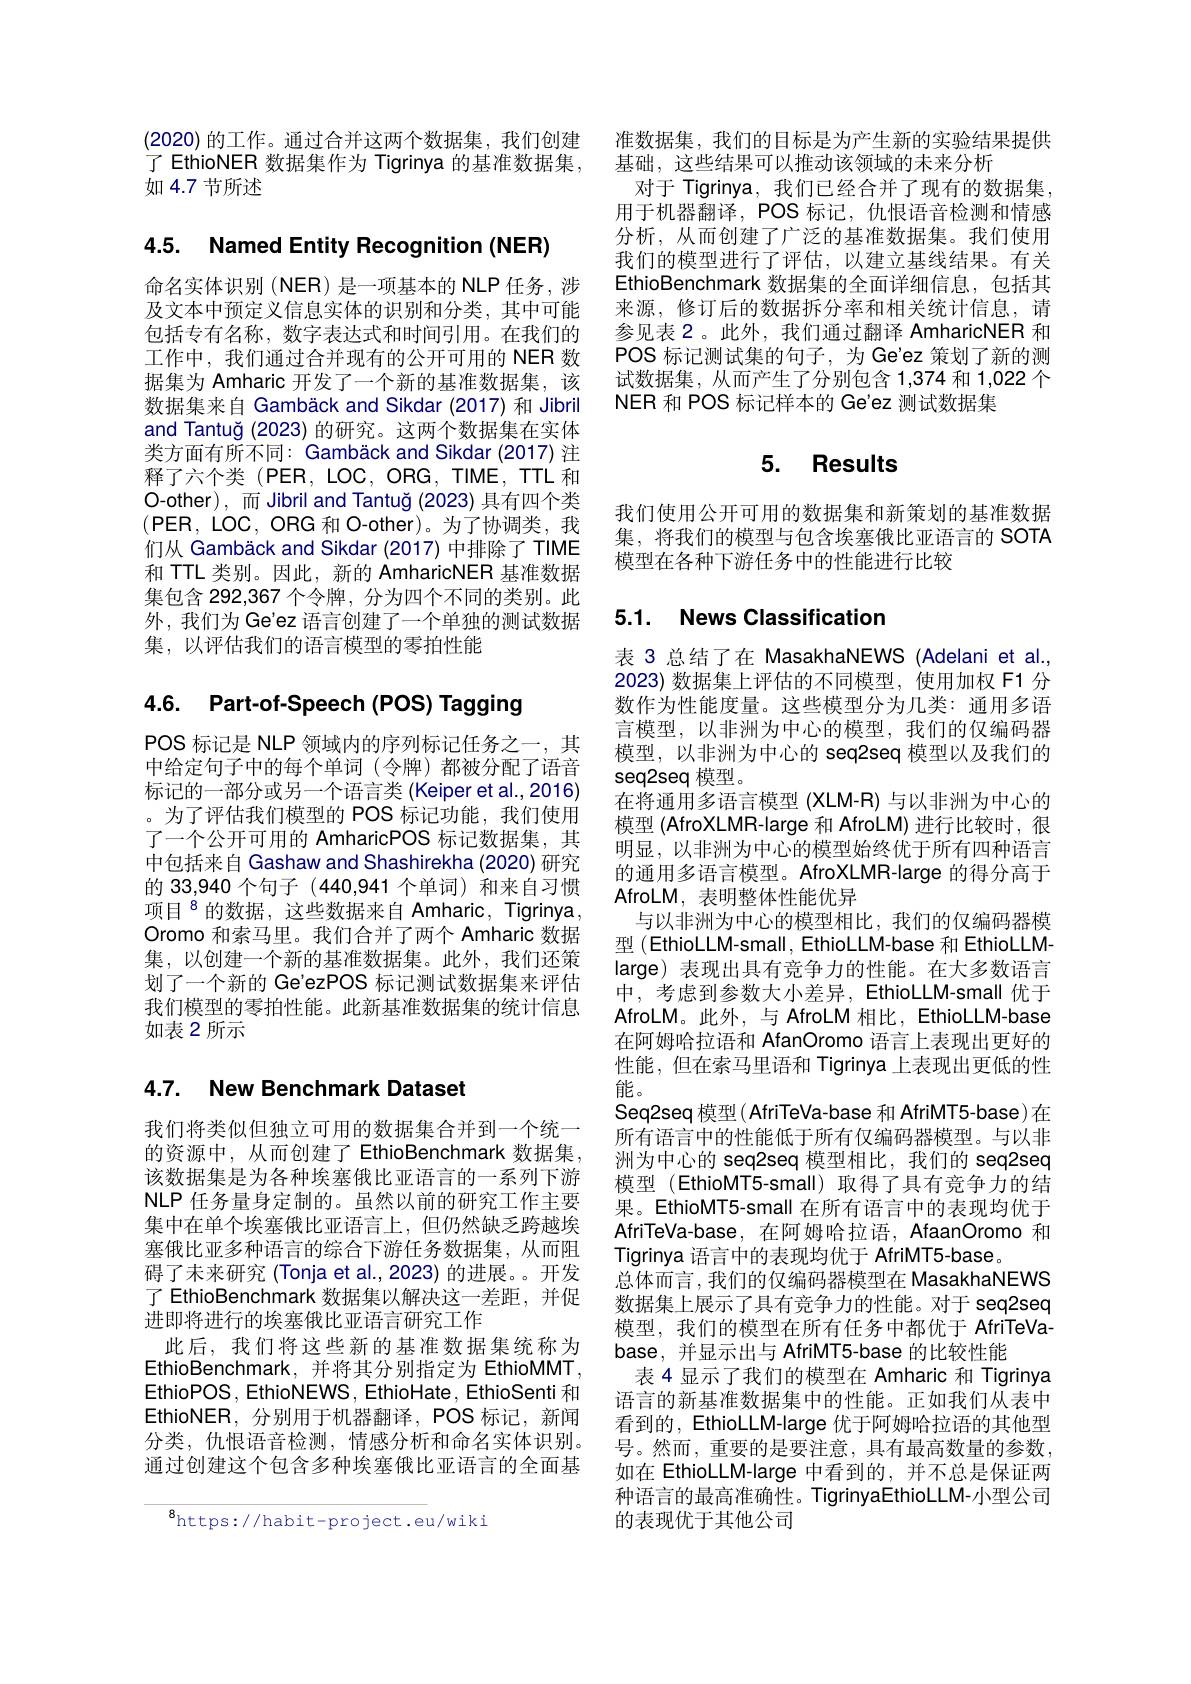
(2020)的工作。通过合并这两个数据集，我们创建了 EthioNER 数据集作为 Tigrinya 的基准数据集， 如 4.7 节所述

# 4.5. Named Entity Recognition (NER)

命名实体识别(NER)是一项基本的 NLP 任务，涉及文本中预定义信息实体的识别和分类，其中可能包括专有名称，数字表达式和时间引用。在我们的工作中，我们通过合并现有的公开可用的 NER 数据集为 Amharic 开发了一个新的基准数据集，该数据集来自 Gambäck and Sikdar (2017) 和 Jibril and Tantuğ (2023) 的研究。这两个数据集在实体类方面有所不同：Gambäck and Sikdar (2017) 注释了六个类(PER,LOC,ORG,TIME,TTL 和O-other), 而 Jibril and Tantuğ (2023) 具有四个类$(\mathsf{PER,LOC,ORG}$和 O-other)。为了协调类，我们从 Gambäck and Sikdar (2017) 中排除了 TIME 和 TTL 类别。因此，新的 AmharicNER 基准数据集包含 292,367 个令牌，分为四个不同的类别。此外，我们为 Ge'ez 语言创建了一个单独的测试数据集，以评估我们的语言模型的零拍性能

## 4.6. Part-of-Speech (POS) Tagging

POS 标记是 NLP 领域内的序列标记任务之一，其中给定句子中的每个单词(令牌)都被分配了语音标记的一部分或另一个语言类 (Keiper et al., 2016) 。为了评估我们模型的 POS 标记功能，我们使用了一个公开可用的 AmharicPOS 标记数据集，其中包括来自 Gashaw and Shashirekha (2020) 研究的 33,940 个句子 (440,941 个单词) 和来自习惯项目$^{8}$的数据，这些数据来自 Amharic, Tigrinya, Oromo 和索马里。我们合并了两个 Amharic 数据集，以创建一个新的基准数据集。此外，我们还策划了一个新的 Ge'ezPOS 标记测试数据集来评估我们模型的零拍性能。此新基准数据集的统计信息如表 2 所示

# 4.7. New Benchmark Dataset

我们将类似但独立可用的数据集合并到一个统一的资源中，从而创建了 EthioBenchmark 数据集， 该数据集是为各种埃塞俄比亚语言的一系列下游NLP 任务量身定制的。虽然以前的研究工作主要集中在单个埃塞俄比亚语言上，但仍然缺乏跨越埃塞俄比亚多种语言的综合下游任务数据集，从而阻碍了未来研究 (Tonja et al., 2023) 的进展。。开发了 EthioBenchmark 数据集以解决这一差距，并促进即将进行的埃塞俄比亚语言研究工作
此后，我们将这些新的基准数据集统称为EthioBenchmark,并将其分别指定为 EthioMMT, EthioPOS, EthioNEWS, EthioHate, EthioSenti 和EthioNER,分别用于机器翻译，POS 标记，新闻分类，仇恨语音检测，情感分析和命名实体识别。通过创建这个包含多种埃塞俄比亚语言的全面基

$^{8}$https://habit-project.eu/wiki

准数据集，我们的目标是为产生新的实验结果提供
基础，这些结果可以推动该领域的未来分析
对于 Tigrinya, 我们已经合并了现有的数据集， 用于机器翻译，POS 标记，仇恨语音检测和情感分析，从而创建了广泛的基准数据集。我们使用我们的模型进行了评估，以建立基线结果。有关EthioBenchmark 数据集的全面详细信息，包括其来源，修订后的数据拆分率和相关统计信息，请参见表 2。此外，我们通过翻译 AmharicNER 和POS 标记测试集的句子，为 Ge'ez 策划了新的测试数据集，从而产生了分别包含 1,374 和 1,022 个NER 和 POS 标记样本的 Ge'ez 测试数据集

# 5. Results

我们使用公开可用的数据集和新策划的基准数据集，将我们的模型与包含埃塞俄比亚语言的 SOTA 模型在各种下游任务中的性能进行比较

# 5.1. News Classification

表 3 总结了在 MasakhaNEWS (Adelani et al., 2023)数据集上评估的不同模型，使用加权 F1 分数作为性能度量。这些模型分为几类：通用多语言模型，以非洲为中心的模型，我们的仅编码器模型，以非洲为中心的 seq2seq 模型以及我们的seq2seq 模型。
在将通用多语言模型(XLM-R)与以非洲为中心的模型 (AfroXLMR-large 和 AfroLM) 进行比较时，很明显，以非洲为中心的模型始终优于所有四种语言的通用多语言模型。AfroXLMR-large 的得分高于AfroLM, 表明整体性能优异
与以非洲为中心的模型相比，我们的仅编码器模型 (EthioLLM-small, EthioLLM-base 和 EthioLLMlarge) 表现出具有竞争力的性能。在大多数语言中，考虑到参数大小差异，EthioLLM-small 优于AfroLM。此外，与 AfroLM 相比，EthioLLM-base 在阿姆哈拉语和 AfanOromo 语言上表现出更好的性能，但在索马里语和 Tigrinya 上表现出更低的性能。
Seq2seq 模型( AfriTeVa-base 和 AfriMT5-base)在所有语言中的性能低于所有仅编码器模型。与以非洲为中心的 seq2seq 模型相比，我们的 seq2seq 模型 (EthioMT5-small) 取得了具有竞争力的结果。EthioMT5-small 在所有语言中的表现均优于AfriTeVa-base, 在阿姆哈拉语，AfaanOromo 和Tigrinya 语言中的表现均优于 AfriMT5-base。
总体而言，我们的仅编码器模型在 MasakhaNEWS 数据集上展示了具有竞争力的性能。对于 seq2seq 模型，我们的模型在所有任务中都优于 AfriTeVabase, 并显示出与 AfriMT5-base 的比较性能
表 4 显示了我们的模型在 Amharic 和 Tigrinya 语言的新基准数据集中的性能。正如我们从表中看到的，EthioLLM-large 优于阿姆哈拉语的其他型号。然而，重要的是要注意，具有最高数量的参数， 如在 EthioLLM-large 中看到的，并不总是保证两种语言的最高准确性。TigrinyaEthioLLM-小型公司的表现优于其他公司